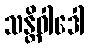
သန္တိဝါဒေါ